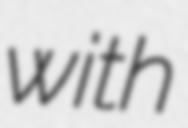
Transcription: with